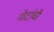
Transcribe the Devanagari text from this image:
नोटांची